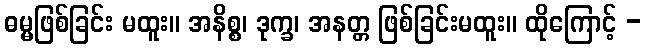
ဓမ္မဖြစ်ခြင်း မထူး။ အနိစ္စ၊ ဒုက္ခ၊ အနတ္တ ဖြစ်ခြင်းမထူး။ ထိုကြောင့် -